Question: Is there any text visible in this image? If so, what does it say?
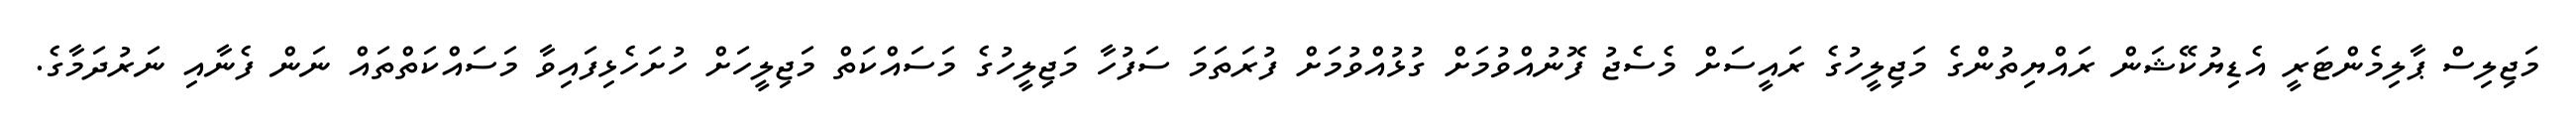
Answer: މަޖިލިސް ޕާލިމެންޓަރީ އެޑިޔުކޭޝަން ރައްޔިތުންގެ މަޖިލީހުގެ ރައީސަށް މެސެޖު ފޮނުއްވުމަށް ގުޅުއްވުމަށް ފުރަތަމަ ސަފުހާ މަޖިލީހުގެ މަސައްކަތް މަޖިލީހަށް ހުށަހެޅިފައިވާ މަސައްކަތްތައް ނަން ފެނާއި ނަރުދަމާގެ.